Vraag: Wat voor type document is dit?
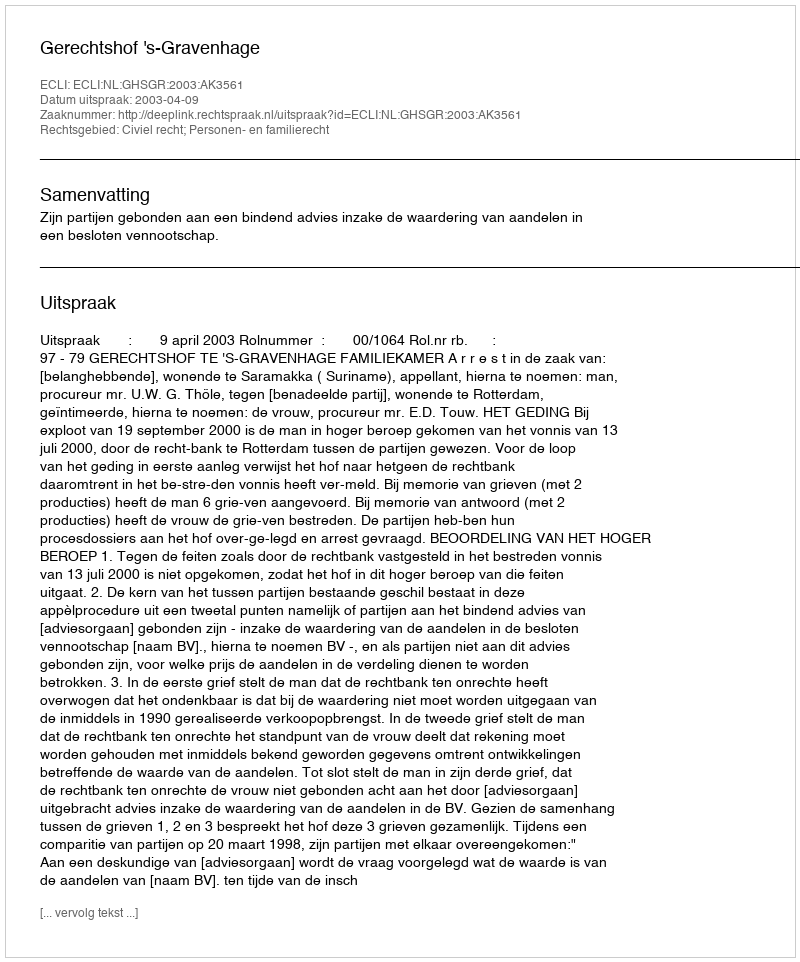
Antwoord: Uitspraak